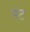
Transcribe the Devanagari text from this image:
मंट